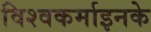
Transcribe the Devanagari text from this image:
विश्वकर्माइनके